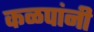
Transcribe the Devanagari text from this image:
कळपांनी